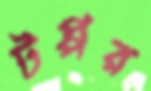
টপ্পর